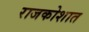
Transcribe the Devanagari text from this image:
राजकोशात